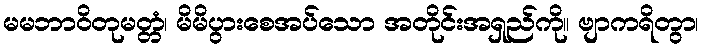
မမဘာဝိတုမတ္တံ၊ မိမိပွားစေအပ်သော အတိုင်းအရှည်ကို။ ဗျာကရိတွာ၊